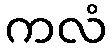
ကလံ